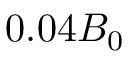
0 . 0 4 B _ { 0 }